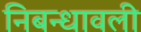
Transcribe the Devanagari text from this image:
निबन्‍धावली